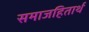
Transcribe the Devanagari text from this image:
समाजहितार्थ